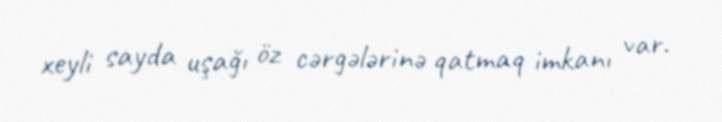
xeyli sayda uşağı öz cərgələrinə qatmaq imkanı var.